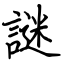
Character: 謎